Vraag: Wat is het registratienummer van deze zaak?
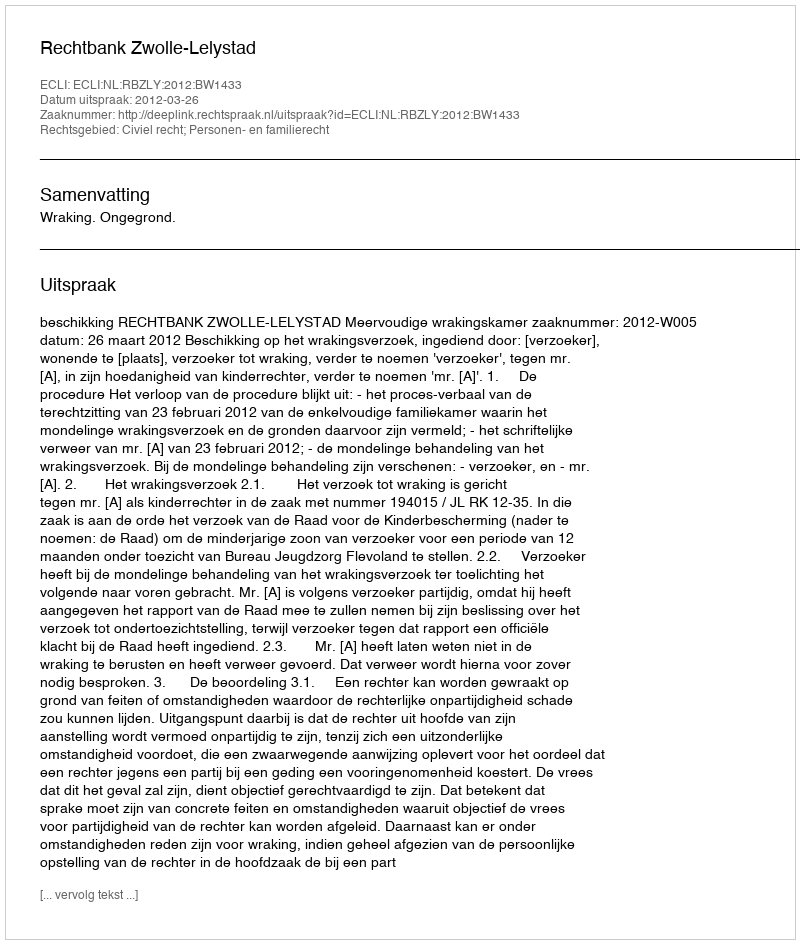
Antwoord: http://deeplink.rechtspraak.nl/uitspraak?id=ECLI:NL:RBZLY:2012:BW1433